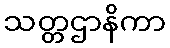
သတ္တဌာနိကာ